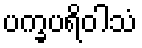
ပက္ခပရိဝါသံ